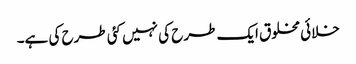
خلائی مخلوق ایک طرح کی نہیں کئی طرح کی ہے۔